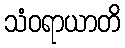
သံဝရာယာတိ